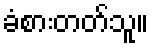
ခံစားတတ်သူ။